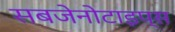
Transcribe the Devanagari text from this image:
सबजेनोटाइप्स